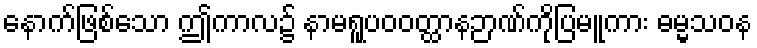
နောက်ဖြစ်သော ဤကာလ၌ နာမရူပဝဝတ္ထာနဉာဏ်ကိုပြမူကား ဓမ္မသဝန